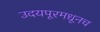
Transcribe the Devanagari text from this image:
उदयपूरमधूनच